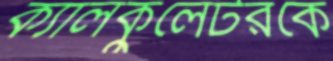
ক্যালকুলেটরকে